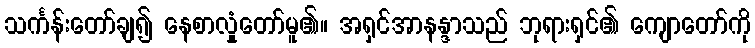
သင်္ကန်းတော်ချ၍ နေစာလှုံတော်မူ၏။ အရှင်အာနန္ဒာသည် ဘုရားရှင်၏ ကျောတော်ကို